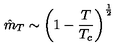
\hat { m } _ { T } \sim \left( 1 - \frac { T } { T _ { c } } \right) ^ { \frac { 1 } { 2 } }